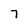
Character: 7